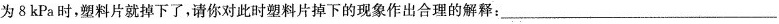
为8kPa时，塑料片就掉下了，请你对此时塑料片掉下的现象作出合理的解释：___